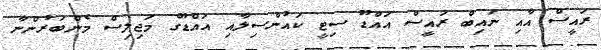
ރައީސް އާއި ނަައިބް ރައީސް އައްޑޫ ސިޓީ ކައުންސިލާއި އައްޑޫގެ މަޖިލިސް މެންބަރުންނާ